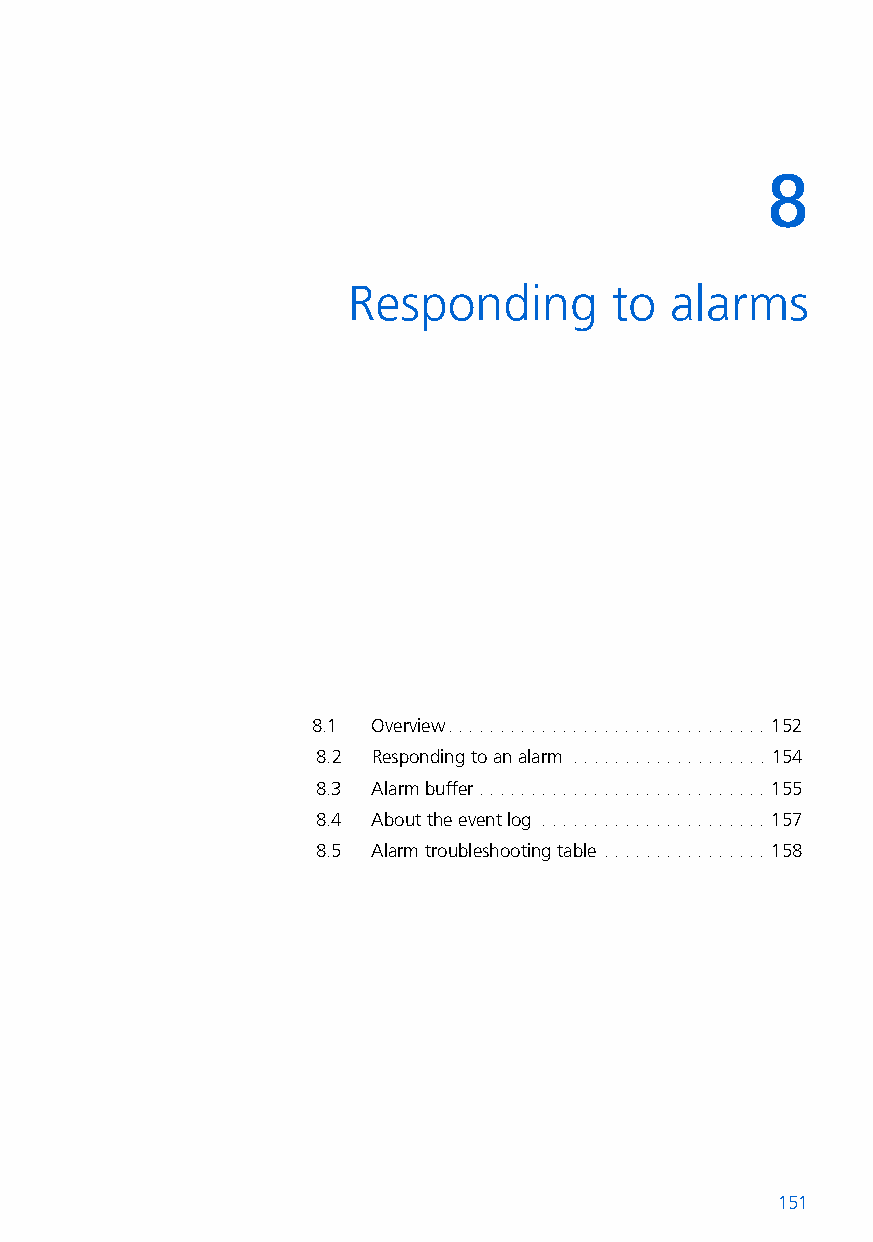
8
 8   Responding        to alarms
 8.1 Overview. . . . . . . . . . . . . . . . . . . . . . . . . . . . . . . 152
 8.2 Responding to an alarm . . . . . . . . . . . . . . . . . . . 154
 8.3 Alarm buffer. . . . . . . . . . . . . . . . . . . . . . . . . . . . 155
 8.4 About the event log . . . . . . . . . . . . . . . . . . . . . . 157
 8.5 Alarm troubleshooting table . . . . . . . . . . . . . . . . 158
 151